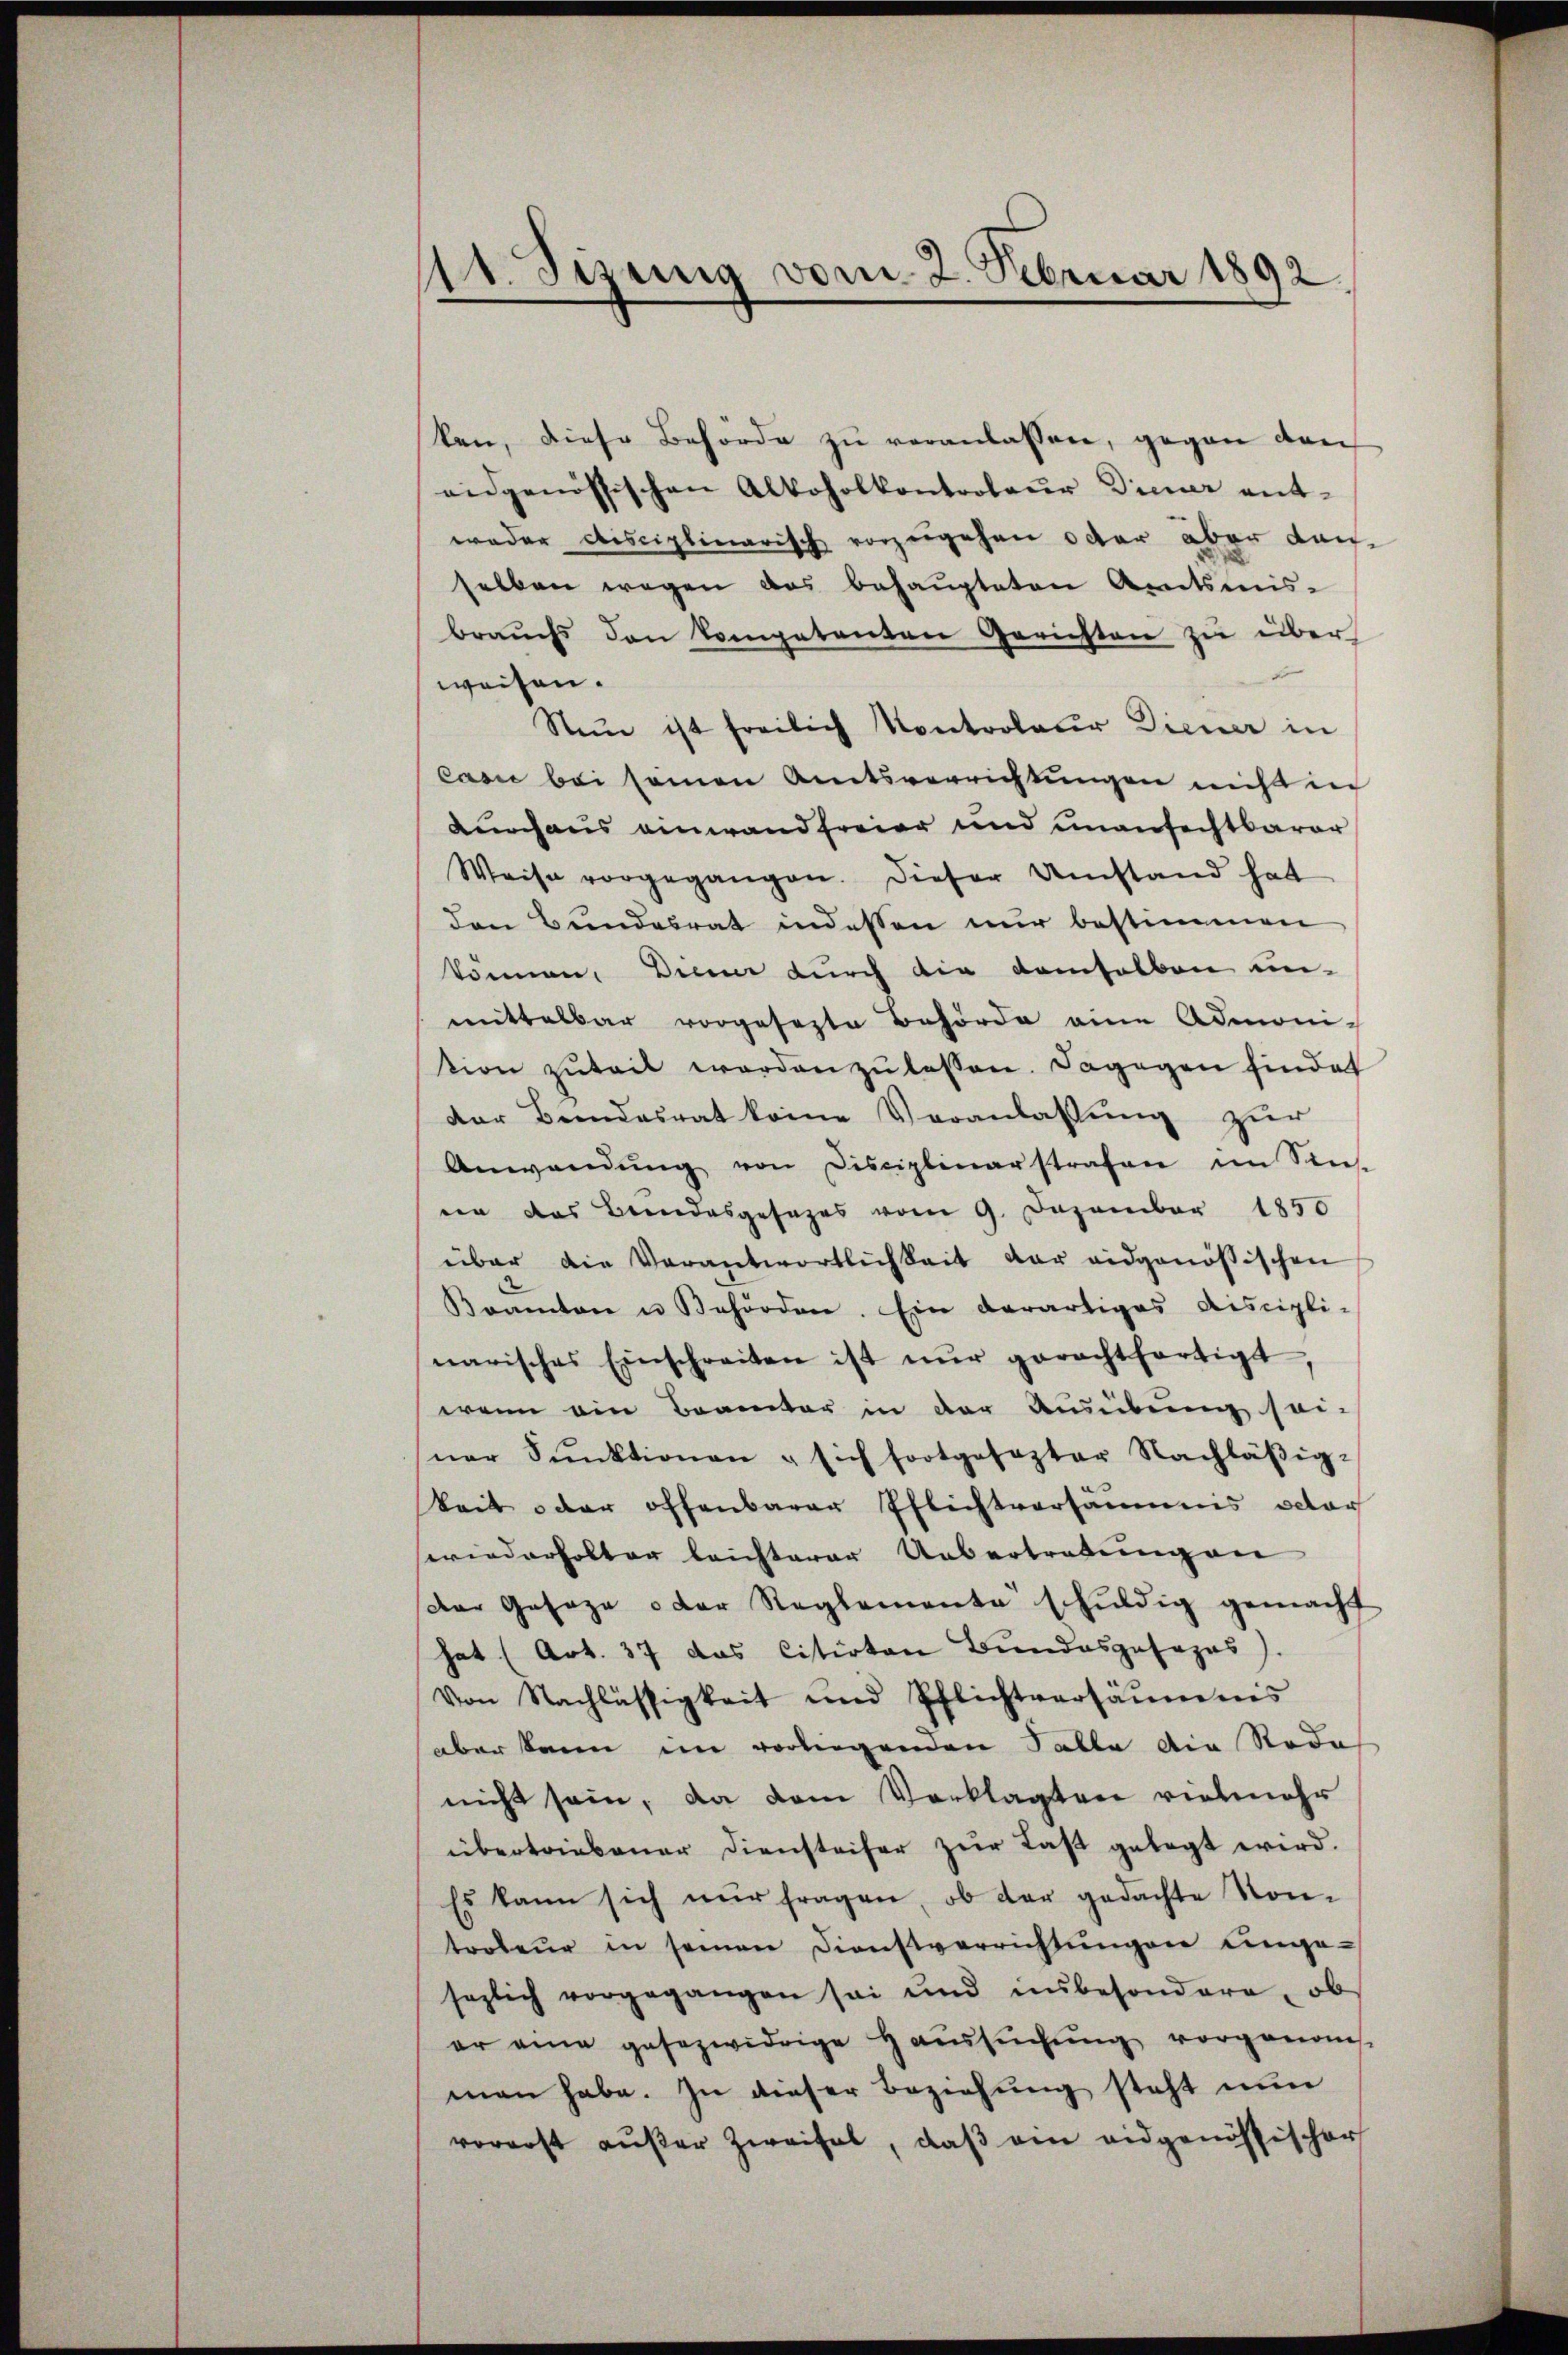
11. Jezung vom 2. Februar 1892.

ken, diese Behörde zu veranlassen, gegen den
eidgenössischen Alkoholkontroleur Diener entweder disciplinarisch vorzugehen oder aber dan-
selben wegen das behaupteten Amtsmis-
brauchs den kompetenten Gerichten zu über
x
weisen.
Nun ist freilich Kontroleur Diener in
casi bei seinen Amtsverrichtungen nicht in
Durchaus einwandfreier und unanfechtbarer
Weise vorgegangen. Dieser Umstand hat
den Bundesrat indessen nur bestimmen
können. Diener durch die demselben un-
mittelbar vorgesezte Behörde eine Admoni-
tion zŭteit werden zŭ lassen. Dagegen findet
der Bundesrat keine Veranlassŭng zŭr
Anwendŭng von Disciplinarstrafen im Sins-
er das Bundesgesages vom 9. Dezember 1850
über die Verantwortlichkeit der eidgenössischen
Beamten u Behörden. Ein derartiges Aiscipli-
narisches Einschreiten ist nŭr gerachtfertigt,
wenn ein Beamter in der Ausübung sei-
ner Sanktionen u sich fortgesezter Nachläβig-
keit oder offenbarer Pflichtversäumis octor
wiederholter leichterer Uebertretung an
Der Gesage oder Reglemente schuldig gemacht
hat (Art. 37 das Citirten Bundesposapas).
Von Nachlässigkeit und Pflichtversäumnis
aber kann im vorliegenden Falle die Rode
nicht sein, da dem Verklagten vielmehr
übertriebener Diensteifer zŭr Last gelegt wird.
Es kann sich nŭr fragen, ob dar gedachte Kon-
troteŭr in seinen Dienstverrichtŭngen umge-
sezlich vorgegangen sei und insbesondere, ob
er eine gesezwidrige Haŭsŭchŭng vorgenom
man habe. In dieser Beziehung steht nun
vorerst außer Zweifel, daß ein eidgenössischer